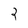
Character: 2